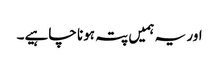
اور یہ ہمیں پتہ ہونا چاہیے۔